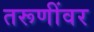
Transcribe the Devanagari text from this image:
तरूणींवर